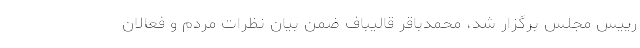
رییس مجلس برگزار شد، محمدباقر قالیباف ضمن بیان نظرات مردم و فعالان